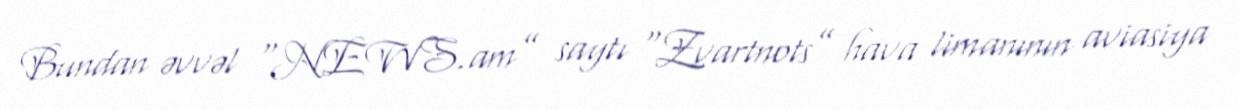
Bundan əvvəl “NEWS.am” saytı “Zvartnots” hava limanının aviasiya